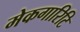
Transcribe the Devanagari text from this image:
मेकगारिटि